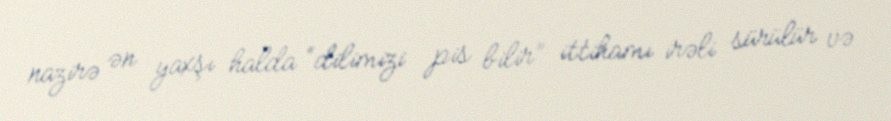
nazirə ən yaxşı halda “dilimizi pis bilir” ittihamı irəli sürülür və